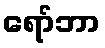
ရော်ဘာ